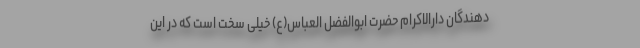
دهندگان دارالاکرام حضرت ابوالفضل العباس(ع) خیلی سخت است که در این